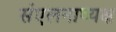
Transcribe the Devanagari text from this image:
संएलनाध्यक्ष